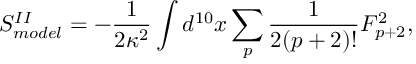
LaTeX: S _ { m o d e l } ^ { I I } = - \frac { 1 } { 2 \kappa ^ { 2 } } \int d ^ { 1 0 } x \sum _ { p } \frac { 1 } { 2 ( p + 2 ) ! } F _ { p + 2 } ^ { 2 } ,